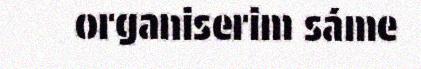
organiserim sáme